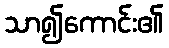
သာ၍ကောင်း၏